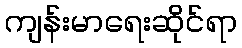
ကျန်းမာရေးဆိုင်ရာ